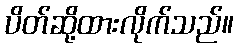
ပိတ်ဆို့ထားလိုက်သည်။